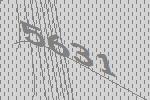
5631